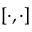
[ \cdot , \cdot ]